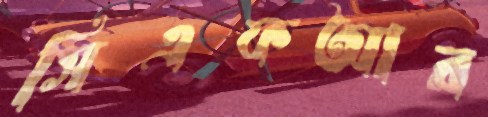
সিএফআর